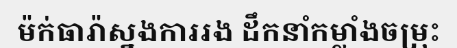
ម៉ក់ធារ៉ាស្នងការរង ដឹកនាំកម្លាំងចម្រុះ